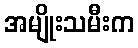
အမျိုးသမီးက